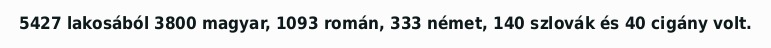
5427 lakosából 3800 magyar, 1093 román, 333 német, 140 szlovák és 40 cigány volt.